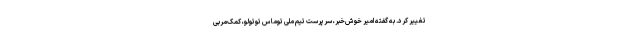
تغییر کرد. به گفته امیر خوش‌خبر، سرپرست تیم ملی توماس توتولو، کمک‌مربی